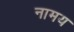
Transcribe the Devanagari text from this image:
नामय